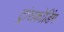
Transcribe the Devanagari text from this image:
ट्रांसकोडिंग